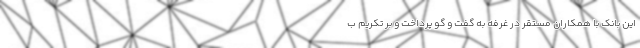
این بانک با همکاران مستقر در غرفه به گفت و گو پرداخت و بر تکریم ب